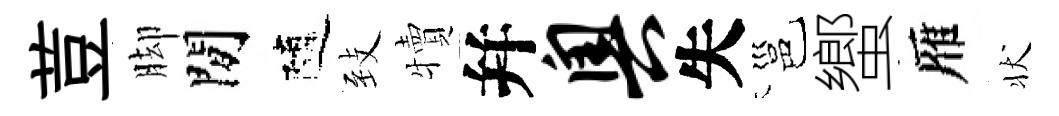
荳脚閒隨𦤺犢幷奥失邕蠁雁状